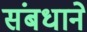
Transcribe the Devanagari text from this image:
संबधाने